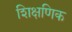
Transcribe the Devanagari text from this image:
शिक्षणिक